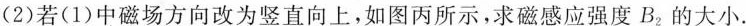
(2)若(1)中磁场方向改为竖直向上，如图丙所示，求磁感应强度B_{2}的大小。